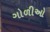
ગોળીઓ